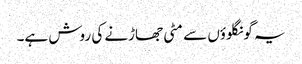
یہ گونگلوؤں سے مٹی جھاڑنے کی روش ہے۔